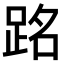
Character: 𫏉